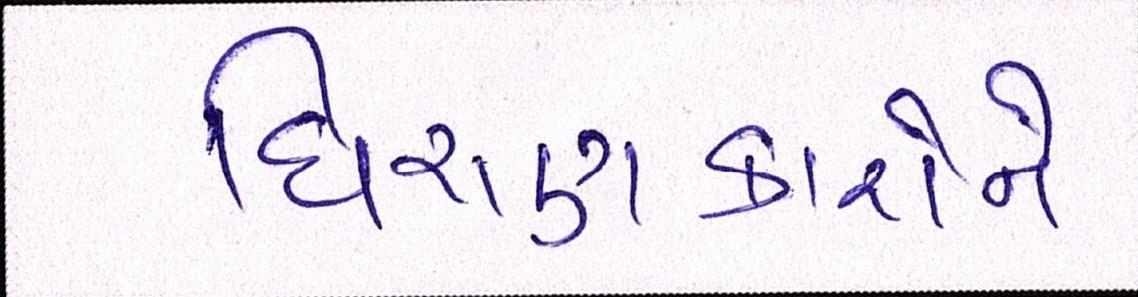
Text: ધિરાણકારોને